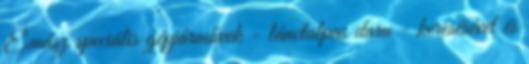
Émász speciális gépjárművek - lánctalpas daru - keresésével és